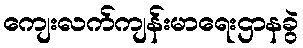
ကျေးလက်ကျန်းမာရေးဌာနခွဲ